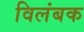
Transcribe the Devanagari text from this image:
विलंबक